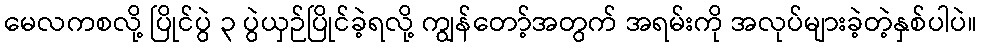
မေလကစလို့ ပြိုင်ပွဲ ၃ ပွဲယှဉ်ပြိုင်ခဲ့ရလို့ ကျွန်တော့်အတွက် အရမ်းကို အလုပ်များခဲ့တဲ့နှစ်ပါပဲ။